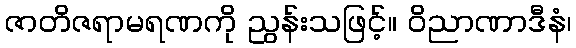
ဇာတိဇရာမရဏကို ညွန်းသဖြင့်။ ဝိညာဏာဒီနံ၊